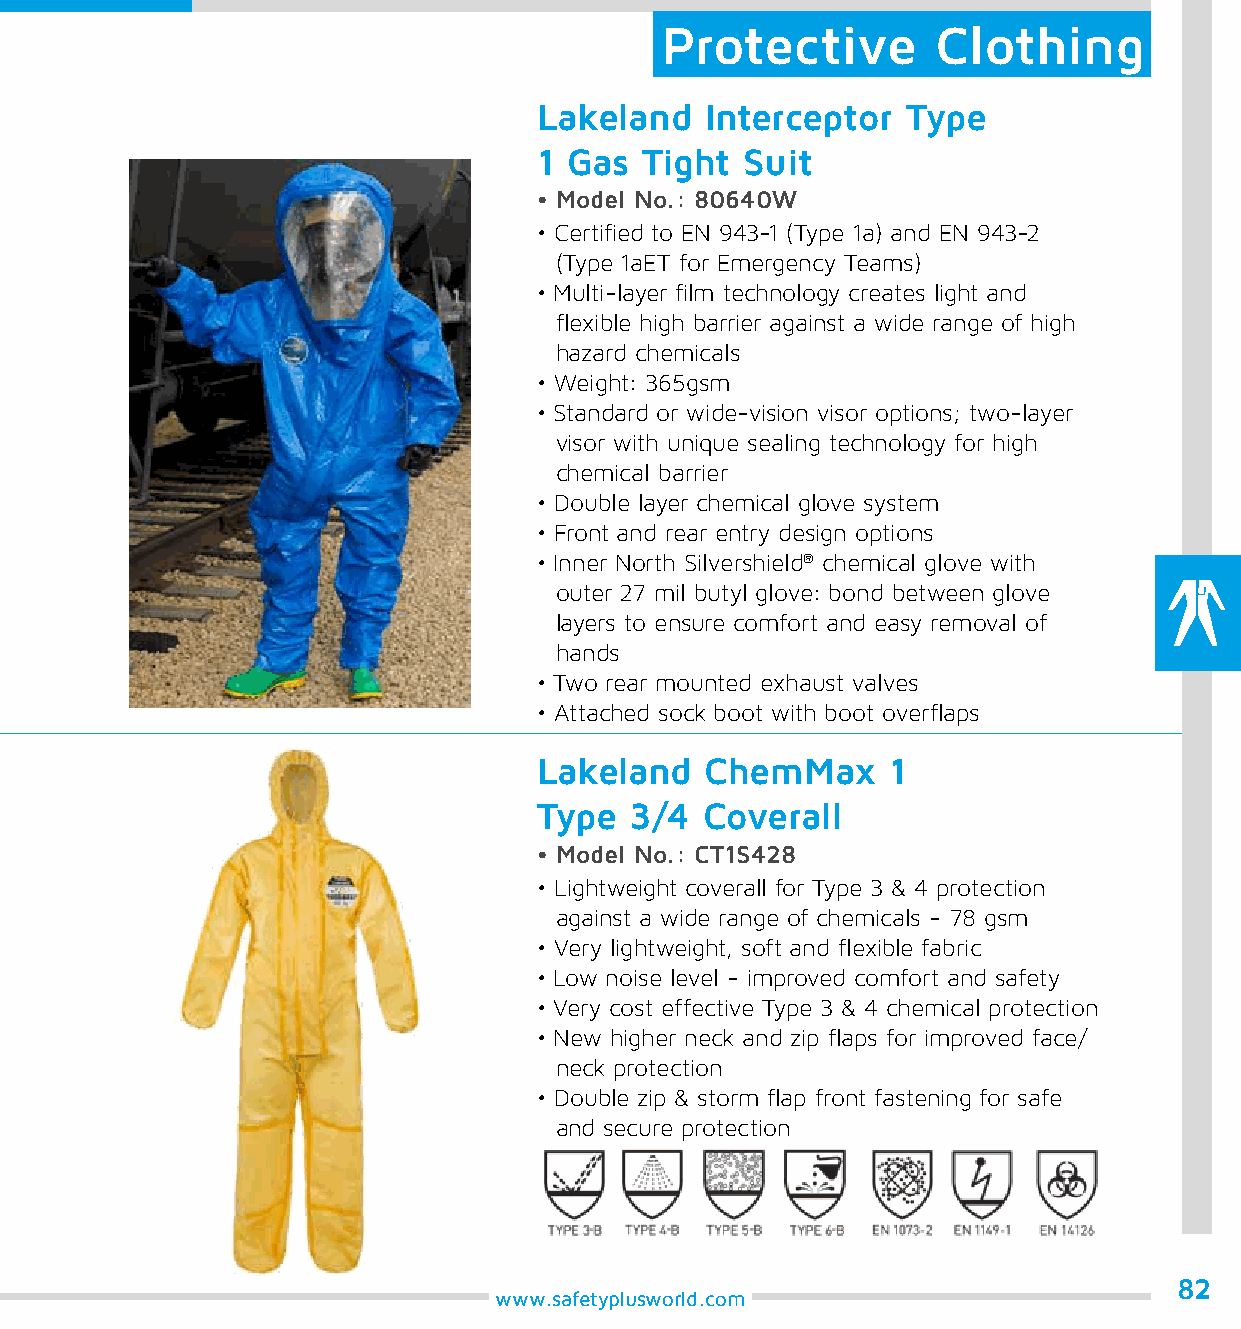
Protective        Clothing
 Lakeland   Interceptor  Type
 1 Gas  Tight Suit
 • Model No.: 80640W
 • Certified to EN 943-1 (Type 1a) and EN 943-2
 (Type 1aET for Emergency Teams)
 • Multi-layer film technology creates light and
 flexible high barrier against a wide range of high
 hazard chemicals
 • Weight: 365gsm
 • Standard or wide-vision visor options; two-layer
 visor with unique sealing technology for high
 chemical barrier
 • Double layer chemical glove system
 • Front and rear entry design options
 • Inner North Silvershield® chemical glove with
 outer 27 mil butyl glove: bond between glove
 layers to ensure comfort and easy removal of
 hands
 • Two rear mounted exhaust valves
 • Attached sock boot with boot overflaps
 Lakeland   ChemMax     1
 Type  3/4  Coverall
 • Model No.: CT1S428
 • Lightweight coverall for Type 3 & 4 protection
 against a wide range of chemicals - 78 gsm
 • Very lightweight, soft and flexible fabric
 • Low noise level - improved comfort and safety
 • Very cost effective Type 3 & 4 chemical protection
 • New higher neck and zip flaps for improved face/
 neck protection
 • Double zip & storm flap front fastening for safe
 and secure protection
 82
 www.safetyplusworld.com